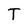
Character: T